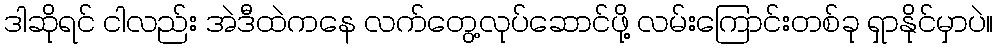
ဒါဆိုရင် ငါလည်း အဲဒီထဲကနေ လက်တွေ့လုပ်ဆောင်ဖို့ လမ်းကြောင်းတစ်ခု ရှာနိုင်မှာပဲ။